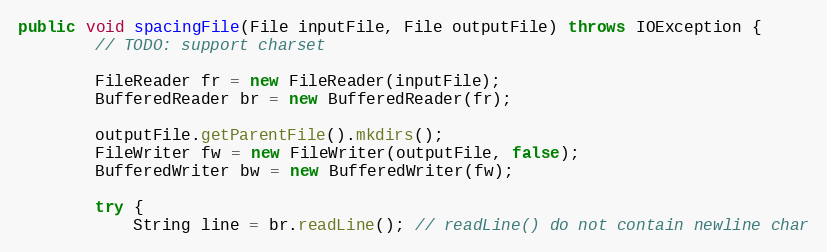
Language: Java
public void spacingFile(File inputFile, File outputFile) throws IOException {
        // TODO: support charset

        FileReader fr = new FileReader(inputFile);
        BufferedReader br = new BufferedReader(fr);

        outputFile.getParentFile().mkdirs();
        FileWriter fw = new FileWriter(outputFile, false);
        BufferedWriter bw = new BufferedWriter(fw);

        try {
            String line = br.readLine(); // readLine() do not contain newline char